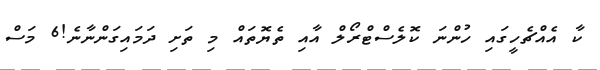
ކާ އެއްޗެހީގައި ހުންނަ ކޮލެސްޓްރޯލް އާއި ތެޔޮތައް މި ތަށި ދަމައިގަންނާނެ!6 މަސް